Annual report of the Civil Veterinary Department, Bengal, for the year 1897-98 - 1897-1898
Year: 1897
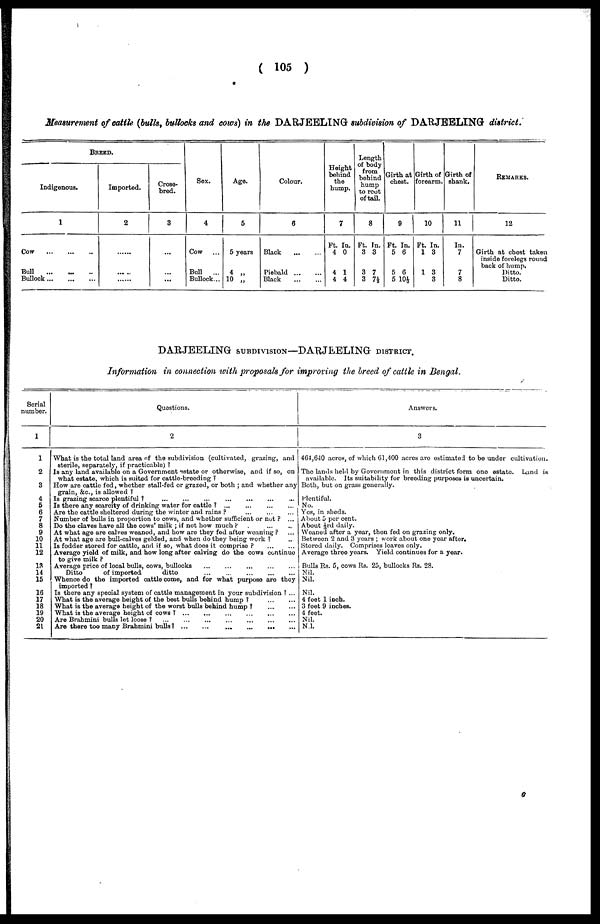
(105)
Measurement of cattle (bulls, bullocks and cows) in the DARJEELING subdivision of DARJEELING district.
BREED.
Indigenous.
1
Cow ... ... ...
Bull
...
...
...
Bullock
...
...
...
Imported,
2
......
......
Crose-
bred.
3
...
...
...
Sex.
4
Cow ...
Bull
...
Bullock...
Age.
5
5 years
4 „
10 „
Colour.
6
Black
...
...
Piebald ... ...
Black
...
...
Height
behind
the
hump.
7
Ft. In.
4 0
4 1
4 4
Length
of body
from
behind
hump
to root
of tail.
8
Ft. In.
3 3
3 7
3 7½
Girth at
chest.
9
Ft. In.
5 6
5 6
5 10½
Girth of
forearm.
10
Ft. In.
1 3
1 3
3
Girth of
shank.
11
In.
7
7
8
REMARKS.
12
Girth at chest taken
inside forelegs round
back of hump.
Ditto.
Ditto.
DARJEELING SUBDIVISION—DARJEELING DISTRICT.
Information in connection with proposals for improving the breed of cattle in Bengal.
Serial
number.
1
1
2
3
4
5
6
7
8
9
10
11
12
13
14
15
16
17
18
19
20
21
Questions.
2
What is the total land area of the subdivision (cultivated, grazing, and
sterile, separately, if practicable)?
Is any land available on a Government estate or otherwise, and if so, on
what estate, which is suited for cattle-breeding?
How are cattle fed, whether stall-fed or grazed, or both; and whether any
grain, &c, is allowed?
Is grazing scarce plentiful? ... ... ... ... ... ...
Is there any scarcity of drinking water for cattle? ...
...
...
...
Are the cattle sheltered during the winter and rains?
...
...
...
Number of bulls in proportion to cows, and whether sufficient or not? ...
Do the claves have all the cows' milk; if not how much? ... ... ...
At what age are calves weaned, and how are they fed after weaning? ...
At what age are bull-calves gelded, and when do they being work? ...
Is fodder stored for cattle, and if so, what does it comprise? ... ...
Average yield of milk, and how long after calving do the cows continue
to give milk?
Average price of local bulls, cows, bullocks
...
...
...
...
...
Ditto
of imported
ditto
...
...
...
...
...
Whence do the imported cattle come, and for what purpose are they
imported?
Is there any special system of cattle management in your subdivision? ...
What is the average height of the best bulls behind hump?
...
...
What is the average height of the worst bulls behind hump?
...
...
What is the average height of cows?
...
...
...
...
...
...
Are Brahmini bulls let loose?
...
...
...
...
...
...
Are there too many Brahmini bulls?
...
...
...
...
Answers.
3
464,640 acres, of which 61,400 acres are estimated to be under cultivation.
The lands held by Government in this district form one estate. Land is
available. Its suitability for breeding purposes is uncertain.
Both, but on grass generally.
Plentiful.
No.
Yes, in sheds.
About 5 per cent.
About 1/3rd daily.
Weaned after a year, then fed on grazing only.
Between 2 and 3 years; work about one year after.
Stored daily. Comprises leaves only.
Average three years. Yield continues for a year.
Bulls Rs. 5, cows Rs. 25, bullocks Rs. 28.
Nil.
Nil.
Nil.
4 feet 1 inch.
3 feet 9 inches.
4 feet.
Nil.
Nil.